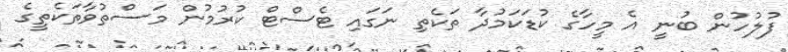
ފުލުހުން ބުނީ އެ މީހާގެ ކުޑަކަމުދާ ތަކެތި ނަގައި ޓެސްޓް ކުރުމުން މަސްތުވާތަކެތީގެ